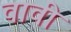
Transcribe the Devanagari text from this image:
वावी